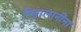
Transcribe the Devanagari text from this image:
निहालानींना